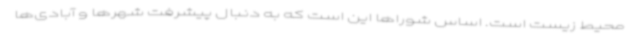
محیط زیست است. اساس شوراها این است که به دنبال پیشرفت شهرها و آبادی‌ها